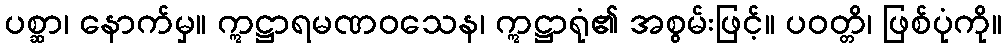
ပစ္ဆာ၊ နောက်မှ။ ဣဋ္ဌာရမဏဝသေန၊ ဣဋ္ဌာရုံ၏ အစွမ်းဖြင့်။ ပဝတ္တိ၊ ဖြစ်ပုံကို။